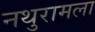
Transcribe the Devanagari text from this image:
नथुरामला